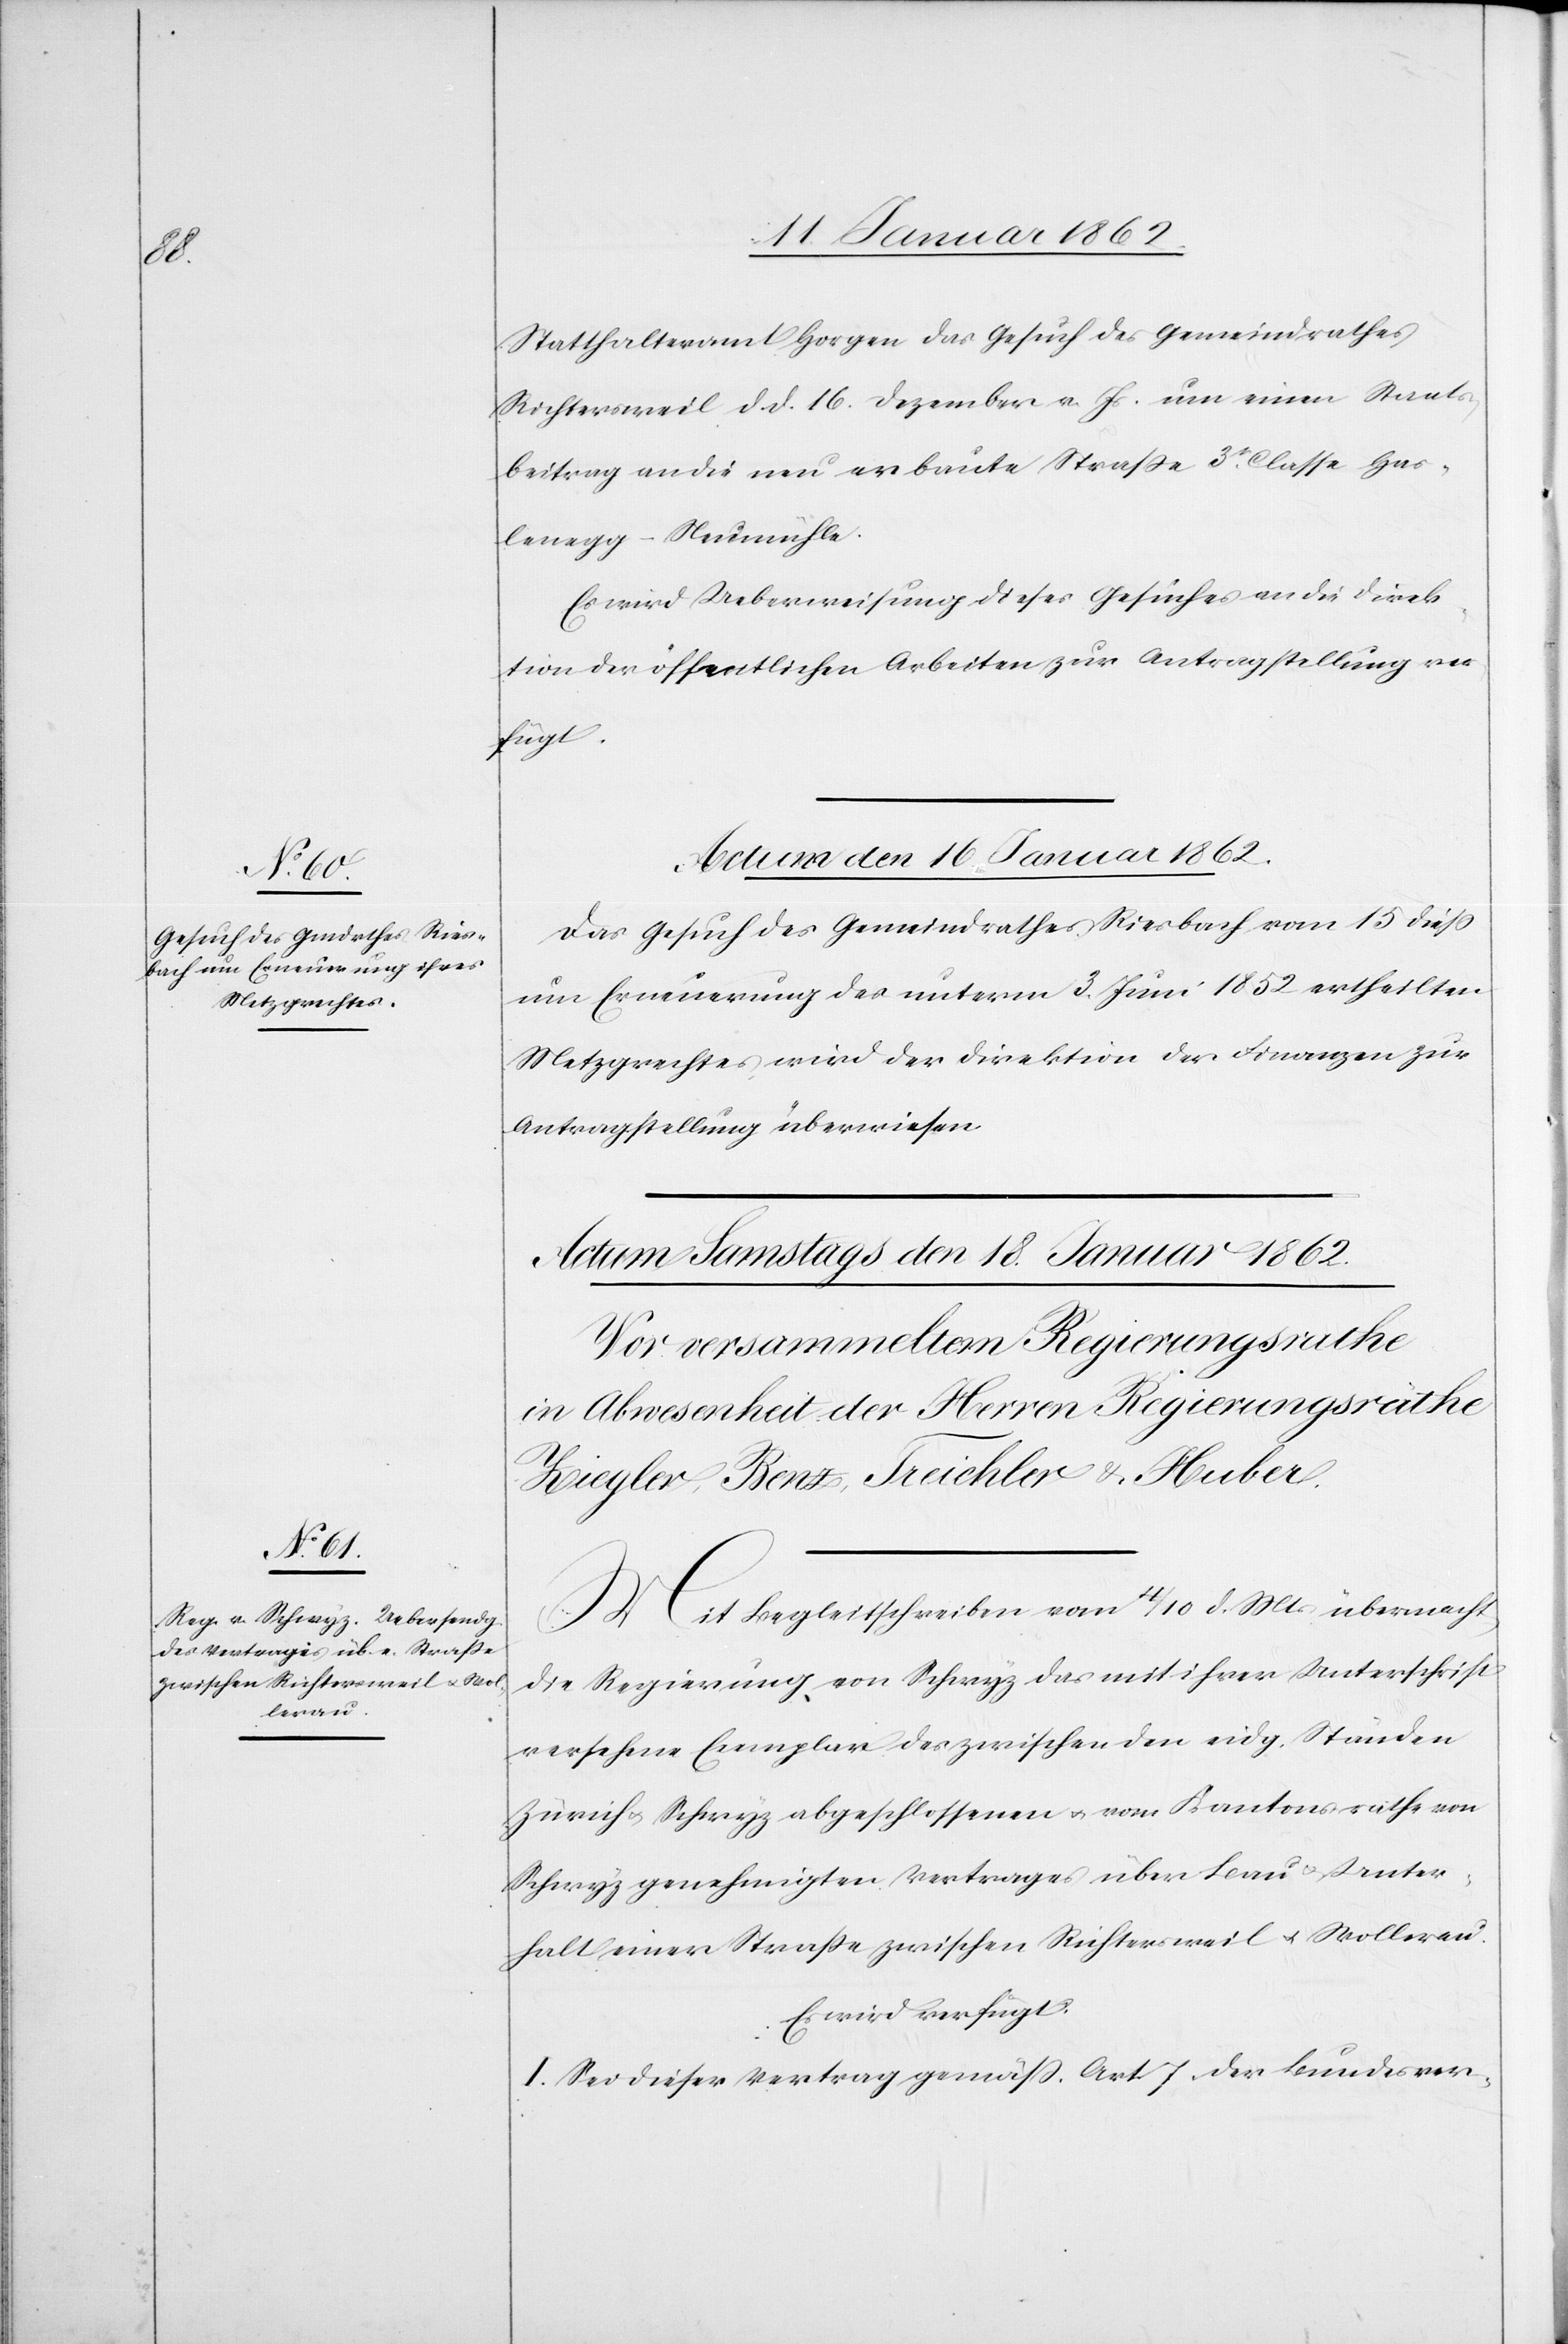
Mit

Statthalteramt Horgen das Gesuch des Gemeindrathes
Richtersweil d. d. 16. Dezember v. Js. um einen Staats¬
beitrag an die neu erbaute Straße 3t. Classe Has¬
lenegg – Neumühle.
Es wird Ueberweisung dieses Gesuches an die Direk¬
tion der öffentlichen Arbeiten zur Antragstellung ver¬
fügt.
Actum den 16 Januar 1862.
Das Gesuch des Gemeindrathes Riesbach vom 15 dieß
um Erneuerung des unterm 3. Juni 1852 ertheilten
Metzgrechtes wird der Direktion der Finanzen zur
Antragstellung überwiesen.
Begleitschreiben vom 4/10 d. Mts übermacht
die Regierung von Schwyz das mit ihrer Unterschrift
versehene Exemplar des zwischen den eidg. Ständen
Zürich u. Schwyz abgeschlossenen u. vom Kantonsrathe von
Schwyz genehmigten Vertrages über Bau u. Unter¬
halt einer Straße zwischen Richtersweil u. Wollerau.
Es wird verfügt:
I. Sei dieser Vertrag gemäß Art. 7. der Bundesver-